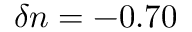
\delta n = - 0 . 7 0